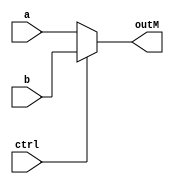
////////////////////////////////////////////////////////////////////////////////
// Company: 	UMBC
//
// Module Name: mux_5bit
// Description: Multiplexer for 5 bit 2 input and 1 output
////////////////////////////////////////////////////////////////////////////////
module mux_5bit(a, b, ctrl, outM);

	input [4:0] a, b;
	input ctrl;
	output [4:0] outM;

	// If ctrl = 1 -> b
	// If ctrl = 0 -> a
	assign outM = (ctrl) ? b : a;

endmodule